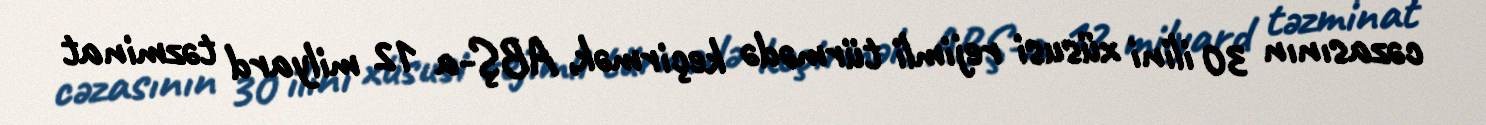
cəzasının 30 ilini xüsusi rejimli türmədə keçirmək, ABŞ-a 12 milyard təzminat